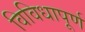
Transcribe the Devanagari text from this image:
विविधापूर्ण